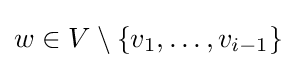
w\in V\setminus \{v_{1},\dots ,v_{i-1}\}